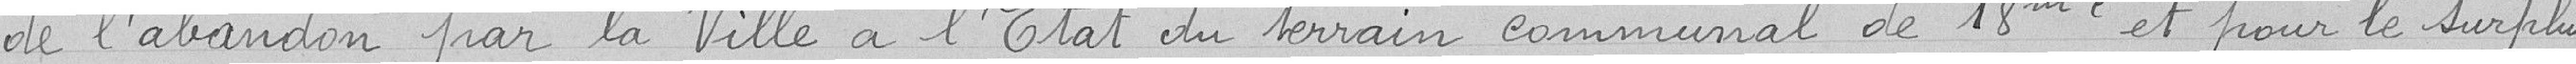
de l'abandon par la Ville à l'État du terrain communal de 18 mètres carrés